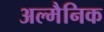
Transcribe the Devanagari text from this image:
अल्मैनिक